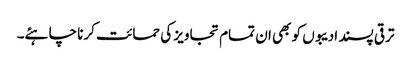
ترقی پسند ادیبوں کو بھی ان تمام تجاویز کی حمائت کرنا چاہئے۔